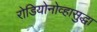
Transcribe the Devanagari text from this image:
रोडियोनोव्हासुद्धा